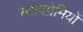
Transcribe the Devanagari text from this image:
स्वादप्रेमियों